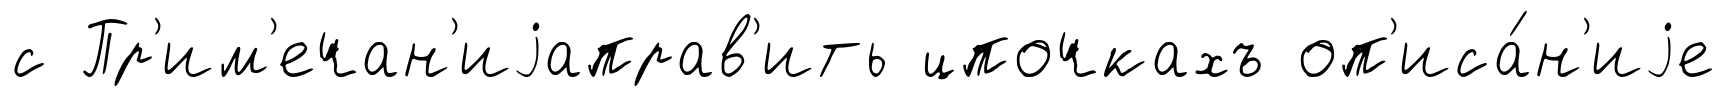
с Пр'им'ечан'иjаправ'ить цпочкахъ оп'иса́н'иjе